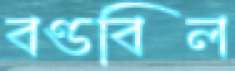
বণ্ডবিল